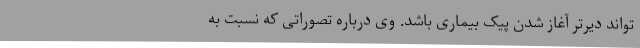
‌تواند دیرتر آغاز شدن پیک بیماری باشد. وی درباره تصوراتی که نسبت به